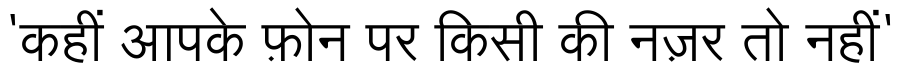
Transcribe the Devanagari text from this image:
'कहीं आपके फ़ोन पर किसी की नज़र तो नहीं'